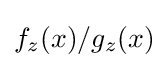
f_{z}(x)/g_{z}(x)